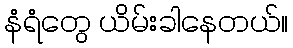
နံရံတွေ ယိမ်းခါနေတယ်။